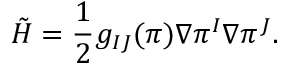
\tilde { H } = { \frac { 1 } { 2 } } g _ { I J } ( \pi ) \nabla \pi ^ { I } \nabla \pi ^ { J } .